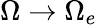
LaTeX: \Omega\rightarrow\Omega_{e}